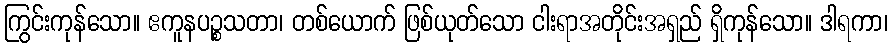
ကြွင်းကုန်သော။ ဧကူနပဉ္စသတာ၊ တစ်ယောက် ဖြစ်ယုတ်သော ငါးရာအတိုင်းအရှည် ရှိကုန်သော။ ဒါရကာ၊